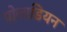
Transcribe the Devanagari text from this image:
पोलाडियन